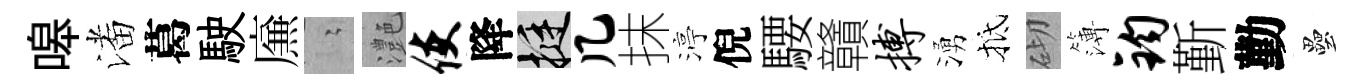
嗥潘葛駛㢘隐灔使降挺几抹渟倪騕贛搏湧抵砌簿钧斳勤壘